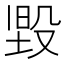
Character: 𭮳